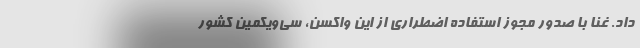
داد. غنا با صدور مجوز استفاده اضطراری از این واکسن، سی‌ویکمین کشور